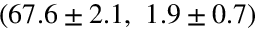
( 6 7 . 6 \pm 2 . 1 , \ 1 . 9 \pm 0 . 7 )